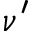
\nu ^ { \prime }